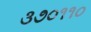
૩૭૦૧૧૦